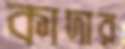
কাদার